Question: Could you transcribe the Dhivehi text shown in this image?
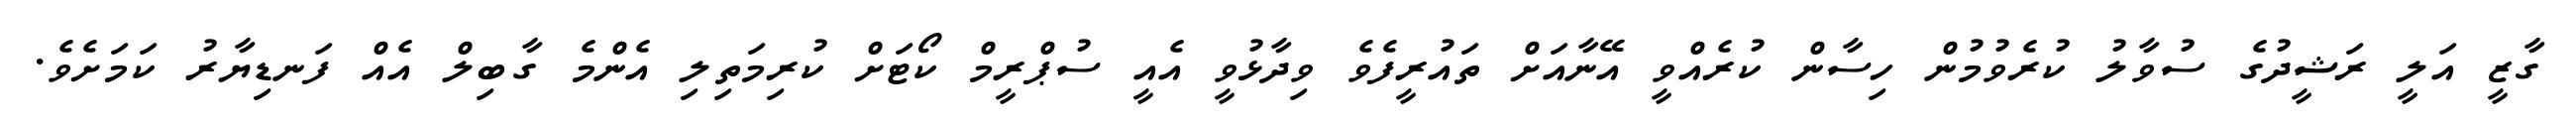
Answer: ގާޒީ އަލީ ރަޝީދުގެ ސުވާލު ކުރެވުމުން ހިސާން ކުރެއްވީ އޭނާއަށް ތައުރީފެވެ ވިދާޅުވީ އެއީ ސުޕްރީމް ކޯޓަށް ކުރިމަތިލި އެންމެ ގާބިލް އެއް ފަނޑިޔާރު ކަމަށެވެ.